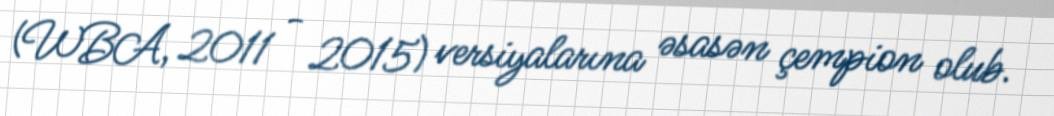
(WBA, 2011 - 2015) versiyalarına əsasən çempion olub.